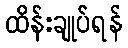
ထိန်းချုပ်ရန်